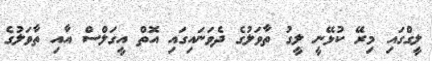
ލީގްގައި މިރޭ ކުޅޭނީ ލީގު ތާވަލުގެ ދެވަނައިގައި އޮތް އީގަލްސް އާއި ތާވަލުގެ